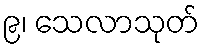
၉၊ သေလာသုတ်